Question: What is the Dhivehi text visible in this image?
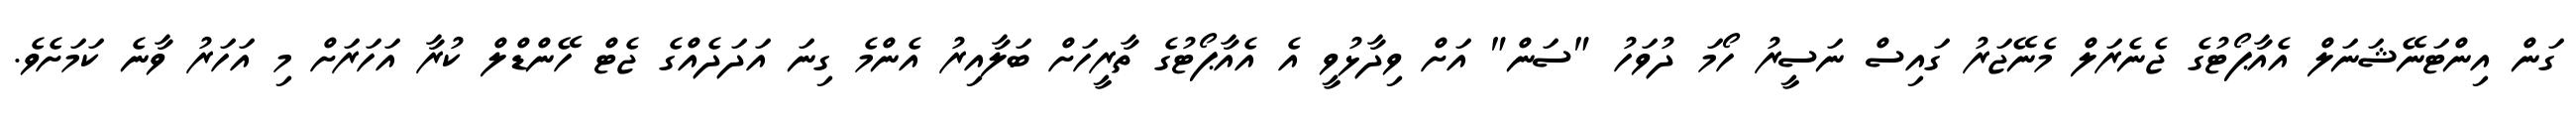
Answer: ގަން އިންޓަނޭޝަނަލް އެއާޕޯޓުގެ ޖެނެރަލް މެނޭޖަރު ގައިސް ނަސީރު ހޯމަ ދުވަހު "ސަން" އަށް ވިދާޅުވީ އެ އެއާޕޯޓުގެ ތާރީހަށް ބަލާއިރު އެންމެ ގިނަ އަދަދެއްގެ ޖެޓް ހޭންޑްލް ކުރާ އަހަރަށް މި އަހަރު ވާނެ ކަމަށެވެ.